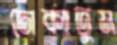
ঢোকাতুম